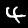
Label: 4